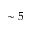
\sim 5